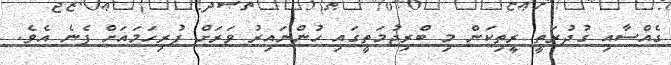
ގެއްސާއި ގުދުރަތީ ރީތިކަން މި ބްރިޖުމަތީގައި ހުންނައިރު ވަރަށް ފުރިހަމައަށް ފެނެ އެވެ.